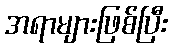
အရာများဖြစ်ပြီး